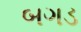
બગડ